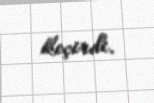
keçirdi.